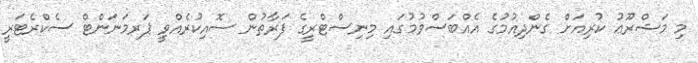
މި މަޝްރޫޢު ކުރިއަށް ގެންދިއުމުގެ އެއްބަސްވުމުގައި މިނިސްޓްރީގެ ފަރާތުން ސޮއިކުރެއްވީ ޕަރމަނަންޓް ސެކްރެޓަރީ